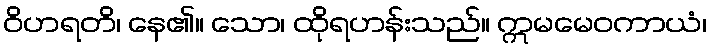
ဝိဟရတိ၊ နေ၏။ သော၊ ထိုရဟန်းသည်။ ဣမမေဝကာယံ၊